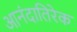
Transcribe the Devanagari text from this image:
आनंदातिरेक